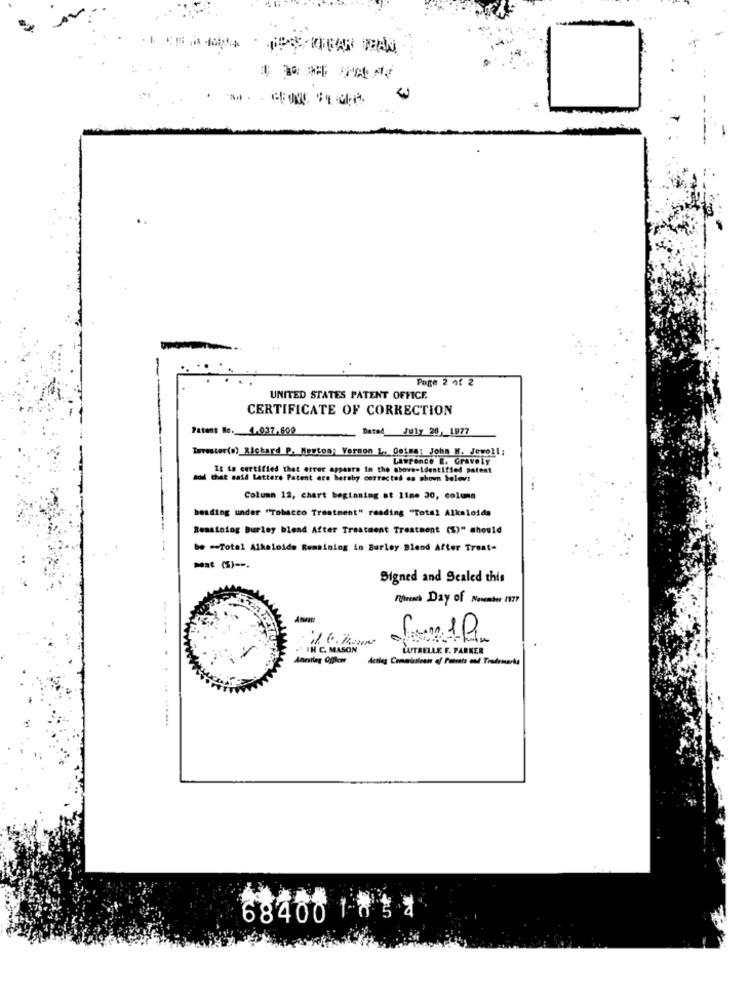
. . . GEORG CPA
Page 2 of 2
UNITED STATES PATENT OFFICE
CERTIFICATE OF CORRECTION
Patent No. 1.037.600
Dated July 26 _1977
Tavester(a) Richard P. Menton: Vernon L ., 001mg: John N. Jewoll;
Lawrence E. Gravely
It is certified that error appears in the above-identified patent
Bod that said latters Patent are hereby corrected as shown below!
...
Column 12, chart beginning at line 30, coluna
beading under "Tobacco Treatment" reading "Total Alkaloids
Remaining Burley blend After Treatment Treatment (%)" should
be -Total Alkaloido Remaining in Burley Blend After Treat-
Mat (%) --.
Signed and Scaled this
Foreach Day of November 1177
." IH C. MASON
LUTRELLE F. PARKER
68400 1 85 4